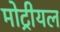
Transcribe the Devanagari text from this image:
मोट्रीयल